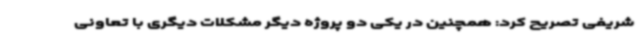
شریفی تصریح کرد: همچنین در یکی دو پروژه دیگر مشکلات دیگری با تعاونی